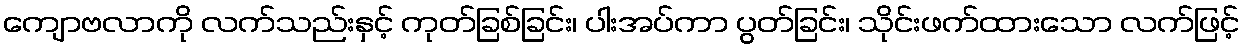
ကျောဗလာကို လက်သည်းနှင့် ကုတ်ခြစ်ခြင်း၊ ပါးအပ်ကာ ပွတ်ခြင်း၊ သိုင်းဖက်ထားသော လက်ဖြင့်